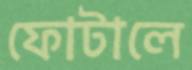
ফোটালে